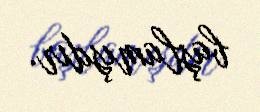
başlamışdır.